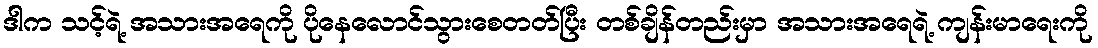
ဒါက သင့်ရဲ့ အသားအရေကို ပိုနေလောင်သွားစေတတ်ပြီး တစ်ချိန်တည်းမှာ အသားအရေရဲ့ ကျန်းမာရေးကို